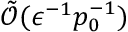
\tilde { \mathcal { O } } ( \epsilon ^ { - 1 } p _ { 0 } ^ { - 1 } )